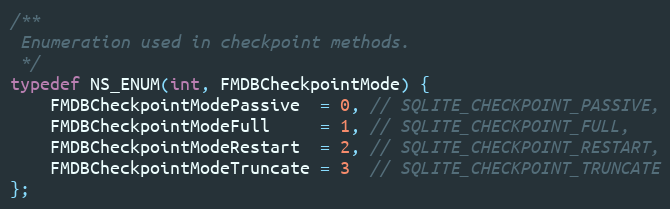
Language: C
/**
 Enumeration used in checkpoint methods.
 */
typedef NS_ENUM(int, FMDBCheckpointMode) {
    FMDBCheckpointModePassive  = 0, // SQLITE_CHECKPOINT_PASSIVE,
    FMDBCheckpointModeFull     = 1, // SQLITE_CHECKPOINT_FULL,
    FMDBCheckpointModeRestart  = 2, // SQLITE_CHECKPOINT_RESTART,
    FMDBCheckpointModeTruncate = 3  // SQLITE_CHECKPOINT_TRUNCATE
};